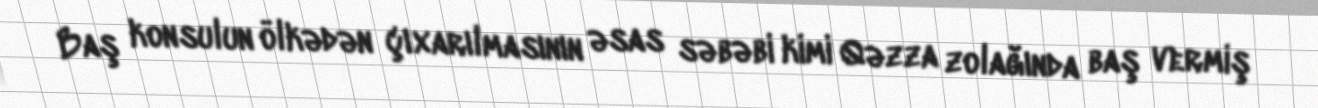
Baş konsulun ölkədən çıxarılmasının əsas səbəbi kimi Qəzza zolağında baş vermiş